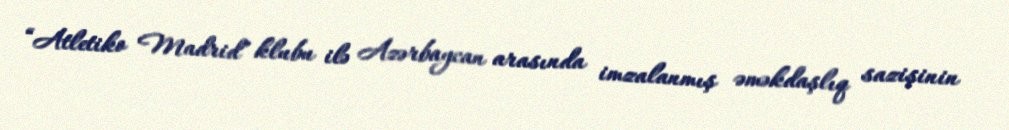
“Atletiko Madrid” klubu ilə Azərbaycan arasında imzalanmış əməkdaşlıq sazişinin